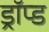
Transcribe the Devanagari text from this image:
ड्रॉप्ड